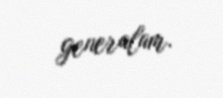
generalam.